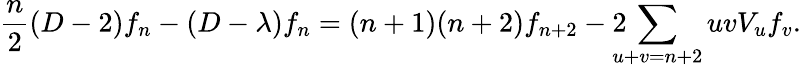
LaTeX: \frac{n}{2}(D-2)f_{n}-(D-\lambda)f_{n}=(n+1)(n+2)f_{n+2}-2\! \! \! \! \sum_{u+v=n+2}uvV_{u}f_{v}.